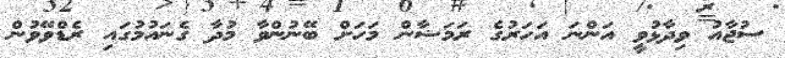
ސުޖާއު ވިދާޅުވީ އަންނަ އަހަރުގެ ރަމަޟާން މަހަށް ބޭނުންވާ މުދާ ގެނައުމުގައި ރެޑްވޭވުން